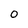
Character: 0